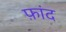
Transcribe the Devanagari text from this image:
फ़ांद